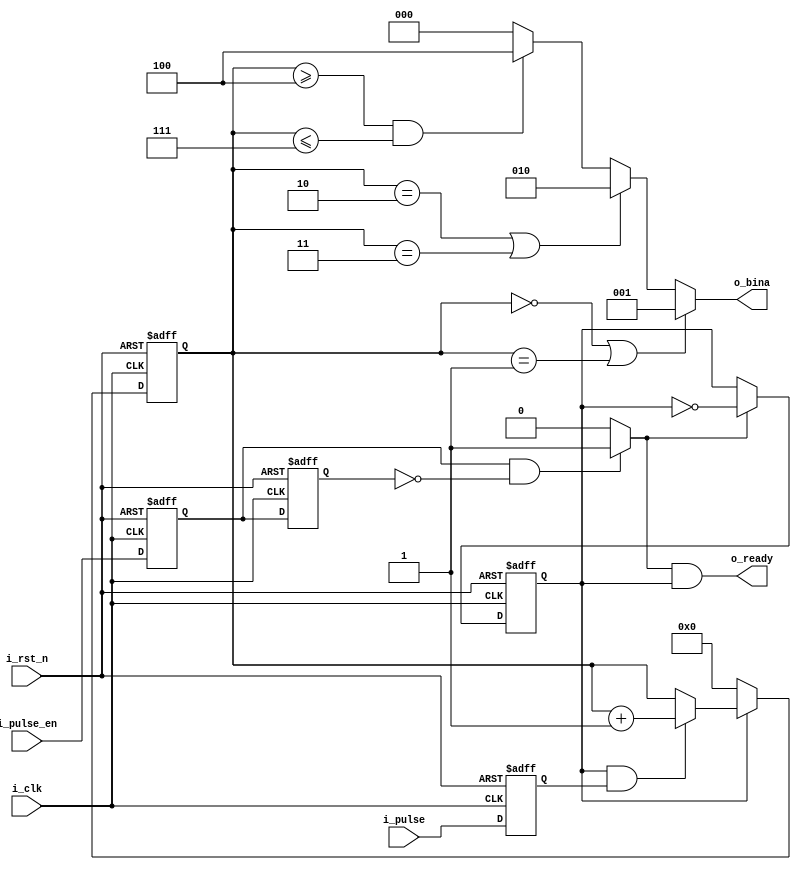
`timescale 1ns/1ps

`define FF 1
module pulse_cnt(
	input i_clk,                    //	
	input i_rst_n,                //	
	input i_pulse_en,          //
	input i_pulse,                //
	output [2:0] o_bina,                  //
	output o_ready                 //
);
	reg i_pulse_r;
	reg edge_0, edge_1;
	wire posedge_sig;
	reg state;  //"1" enable, "0" disable
	reg [3:0]	cnt;
	
	always @(posedge i_clk, negedge i_rst_n) begin
		if(~i_rst_n)
			i_pulse_r <= 0;
		else
			i_pulse_r <= i_pulse;
	end
	
	
	//i_pulse_en positive edge detect
	always @(posedge i_clk, negedge i_rst_n) begin
		if(~i_rst_n)
			{edge_0, edge_1} <= #`FF 2'b0;
		else 
			{edge_0, edge_1} <= #`FF {i_pulse_en, edge_0};
	end
	
	assign posedge_sig = (edge_0 && (~edge_1)) ? 1'b1 : 1'b0;
	
	
	//start & end generate
	always @(posedge i_clk, negedge i_rst_n) begin
		if(~i_rst_n)
			state <= #`FF 1'b0;		 
		else if(posedge_sig)
			state <= #`FF ~state;  
		else
			state <= #`FF state;
	end
	
	always @(posedge i_clk, negedge i_rst_n) begin
		if(~i_rst_n)
			cnt <= #`FF 4'b0;
		else if(~state)
			cnt <= #`FF 4'b0;
		else if(state && i_pulse_r)
			cnt <= #`FF cnt + 1'b1;
		else
			cnt <= #`FF cnt;
	end
	
	assign o_ready = posedge_sig && state;
	assign o_bina = (cnt == 0 || cnt == 1) ? 3'b001:
									(cnt == 2 || cnt == 3) ? 3'b010:
									(cnt >= 4 && cnt <= 7) ? 3'b100:
									3'b000;
		
endmodule